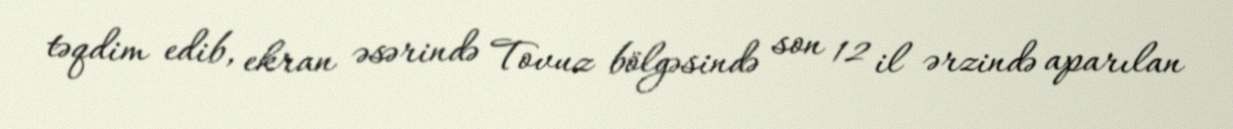
təqdim edib, ekran əsərində Tovuz bölgəsində son 12 il ərzində aparılan